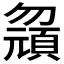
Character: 𱑂